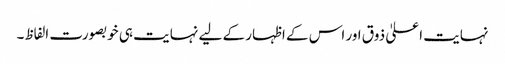
نہایت اعلیٰ ذوق اور اس کے اظہار کے لیے نہایت ہی خوبصورت الفاظ۔